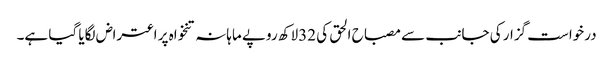
درخواست گزار کی جانب سے مصباح الحق کی 32لاکھ روپے ماہانہ تنخواہ پر اعتراض لگایا گیا ہے۔